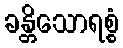
ခန္တိသောရစ္စံ